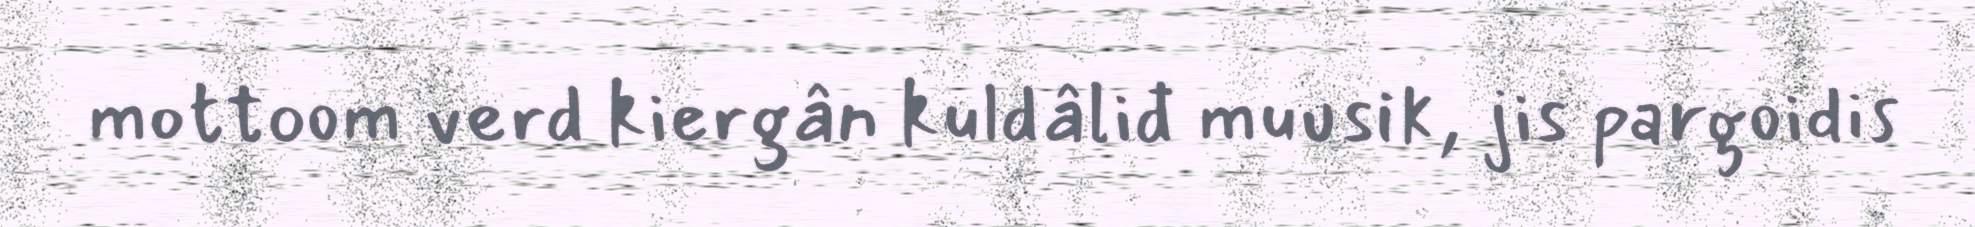
mottoom verd kiergân kuldâliđ muusik, jis pargoidis